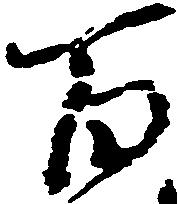
百